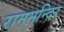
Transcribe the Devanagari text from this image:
राममन्दिर